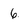
Character: 6